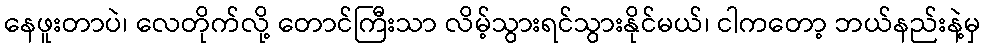
နေဖူးတာပဲ၊ လေတိုက်လို့ တောင်ကြီးသာ လိမ့်သွားရင်သွားနိုင်မယ်၊ ငါကတော့ ဘယ်နည်းနဲ့မှ